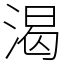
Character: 渴